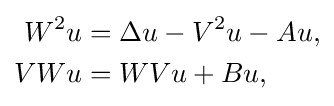
{\begin{aligned}W^{2}u&=\Delta u-V^{2}u-Au,\\VWu&=WVu+Bu,\end{aligned}}